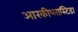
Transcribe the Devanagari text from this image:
आरकीप्लास्टिडा